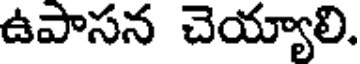
ఉపాసన చెయ్యాలి.